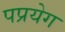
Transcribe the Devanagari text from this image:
पप्रयेग